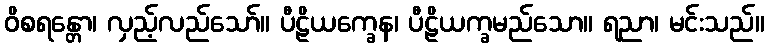
ဝိစရန္တော၊ လှည့်လည်သော်။ ပီဠိယက္ခေန၊ ပီဠိယက္ခမည်သော။ ရညာ၊ မင်းသည်။